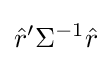
{\hat {r}}'\Sigma ^{-1}{\hat {r}}